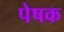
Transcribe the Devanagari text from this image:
पेषक